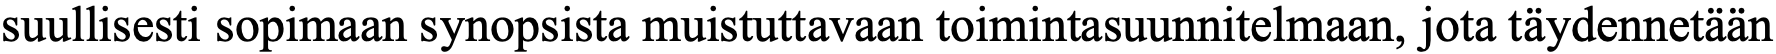
suullisesti sopimaan synopsista muistuttavaan toimintasuunnitelmaan, jota täydennetään